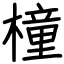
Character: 橦